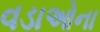
વડાઓના